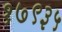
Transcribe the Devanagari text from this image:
१७९३५